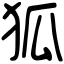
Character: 狐